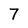
Character: 7